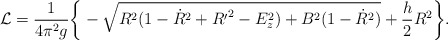
\begin{align*}{\cal L} = \frac{1}{4\pi^2g}\bigg\{-\sqrt{R^2(1-{\dot R}^2+{R^{\prime}}^2-E^2_z)+B^2(1-{\dot R}^2)}+\frac{h}{2}R^2\bigg\}.\end{align*}